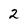
Character: 2